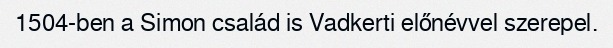
1504-ben a Simon család is Vadkerti előnévvel szerepel.